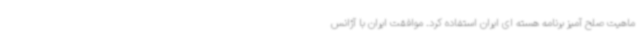
ماهیت صلح آمیز برنامه هسته ای ایران استفاده کرد. موافقت ایران با آژانس